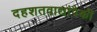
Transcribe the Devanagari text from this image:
दहशतवाद्यांपैकी